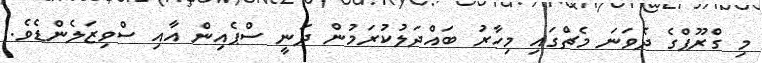
މި ގްރޫޕްގެ ދެވަނަ މެޗްގައި މިހާރު ބައްދަލުކުރަމުން ދަނީ ސްޕެއިން އާއި ސްވިޒަލެންޑެވެ.